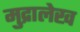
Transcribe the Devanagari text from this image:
मुद्रालेख